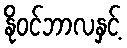
နိုဝင်ဘာလနှင့်